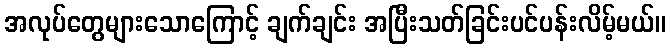
အလုပ်တွေများသောကြောင့် ချက်ချင်း အပြီးသတ်ခြင်းပင်ပန်းလိမ့်မယ်။